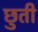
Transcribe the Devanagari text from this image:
छुती